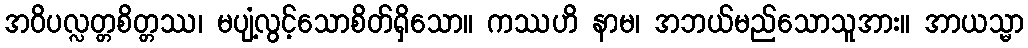
အဝိပလ္လတ္တစိတ္တဿ၊ မပျံ့လွင့်သောစိတ်ရှိသော။ ကဿဟိ နာမ၊ အဘယ်မည်သောသူအား။ အာယသ္မာ